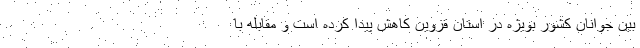
بین جوانان کشور بویژه در استان قزوین کاهش پیدا کرده است و مقابله با